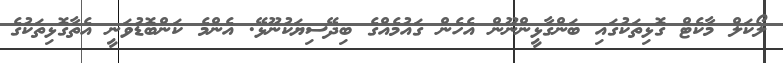
ލޯކަލް މާކެޓް ގޮޅިތަކުގައި ބަންގާޅީންނޫން އެހެން ގައުމެއްގެ ބިދޭސިޔަކުނޫޅޭ. އެންމެ ކަންބޮޑުވަނީ އެތާގޮޅިތަކުގެ